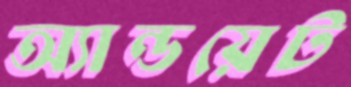
অ্যান্ডয়েট